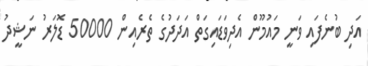
އަދި ބުނެފައި ވަނީ މައުމޫން އެދިވަޑައިގަތް އަދަދުގެ ތެރެއިން 50000 ޑޮލަރު ނަޝީދު